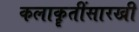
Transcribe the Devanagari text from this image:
कलाकॄतींसारखी